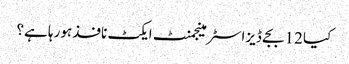
کیا 12 بجے ڈیزاسٹر مینجمنٹ ایکٹ نافذ ہورہا ہے؟